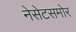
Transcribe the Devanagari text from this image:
नेसेटसमोर